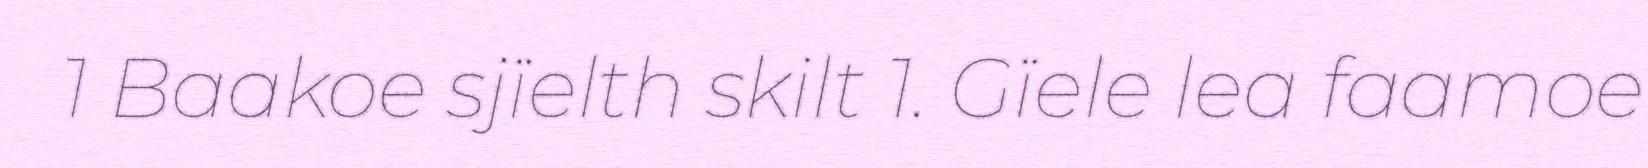
1 Baakoe sjïelth skilt 1. Gïele lea faamoe